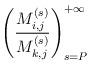
LaTeX: \begin{align*}\left( \frac{M^{(s)}_{i,j}}{M^{(s)}_{k,j}} \right)_{s=P}^{+\infty} \end{align*}